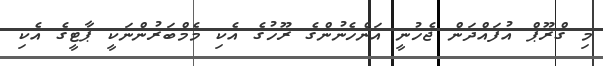
މި ގްރޫޕް އުފައްދަން ޖެހުނީ އަންހެނުންގެ ރޫހުގެ އެކި މެމްބަރުންނަކީ ޕާޓީގެ އެކި